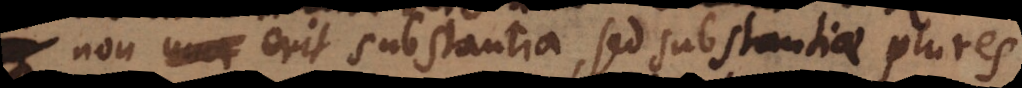
non erit substantia, sed substantiae plures.